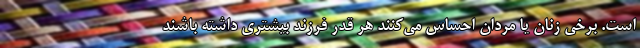
است. برخی زنان یا مردان احساس می‌کنند هر قدر فرزند بیشتری داشته باشند